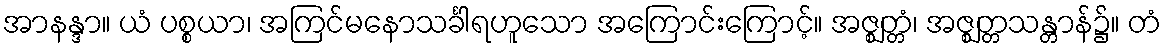
အာနန္ဒာ။ ယံ ပစ္စယာ၊ အကြင်မနောသင်္ခါရဟူသော အကြောင်းကြောင့်။ အဇ္ဈတ္တံ၊ အဇ္ဈတ္တသန္တာန်၌။ တံ